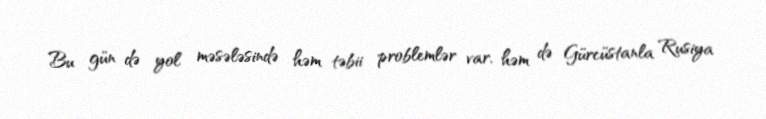
Bu gün də yol məsələsində həm təbii problemlər var, həm də Gürcüstanla Rusiya